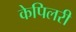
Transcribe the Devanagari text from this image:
केपिलरी